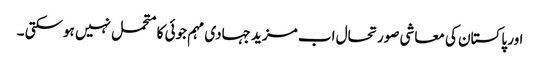
اور پاکستان کی معاشی صورتحال اب مزید جہادی مہم جوئی کا متحمل نہیں ہوسکتی ۔